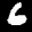
Label: 6